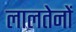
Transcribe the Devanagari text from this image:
लालतेनों